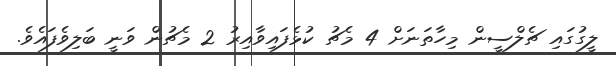
ލީގުގައި ޗެލްސީން މިހާތަނަށް 4 މެޗު ކުޅެފައިވާއިރު 2 މެޗުން ވަނީ ބަލިވެފައެވެ.